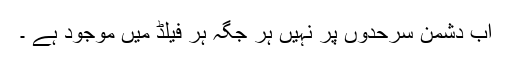
اب دشمن سرحدوں پر نہیں ہر جگہ ہر فیلڈ میں موجود ہے ۔